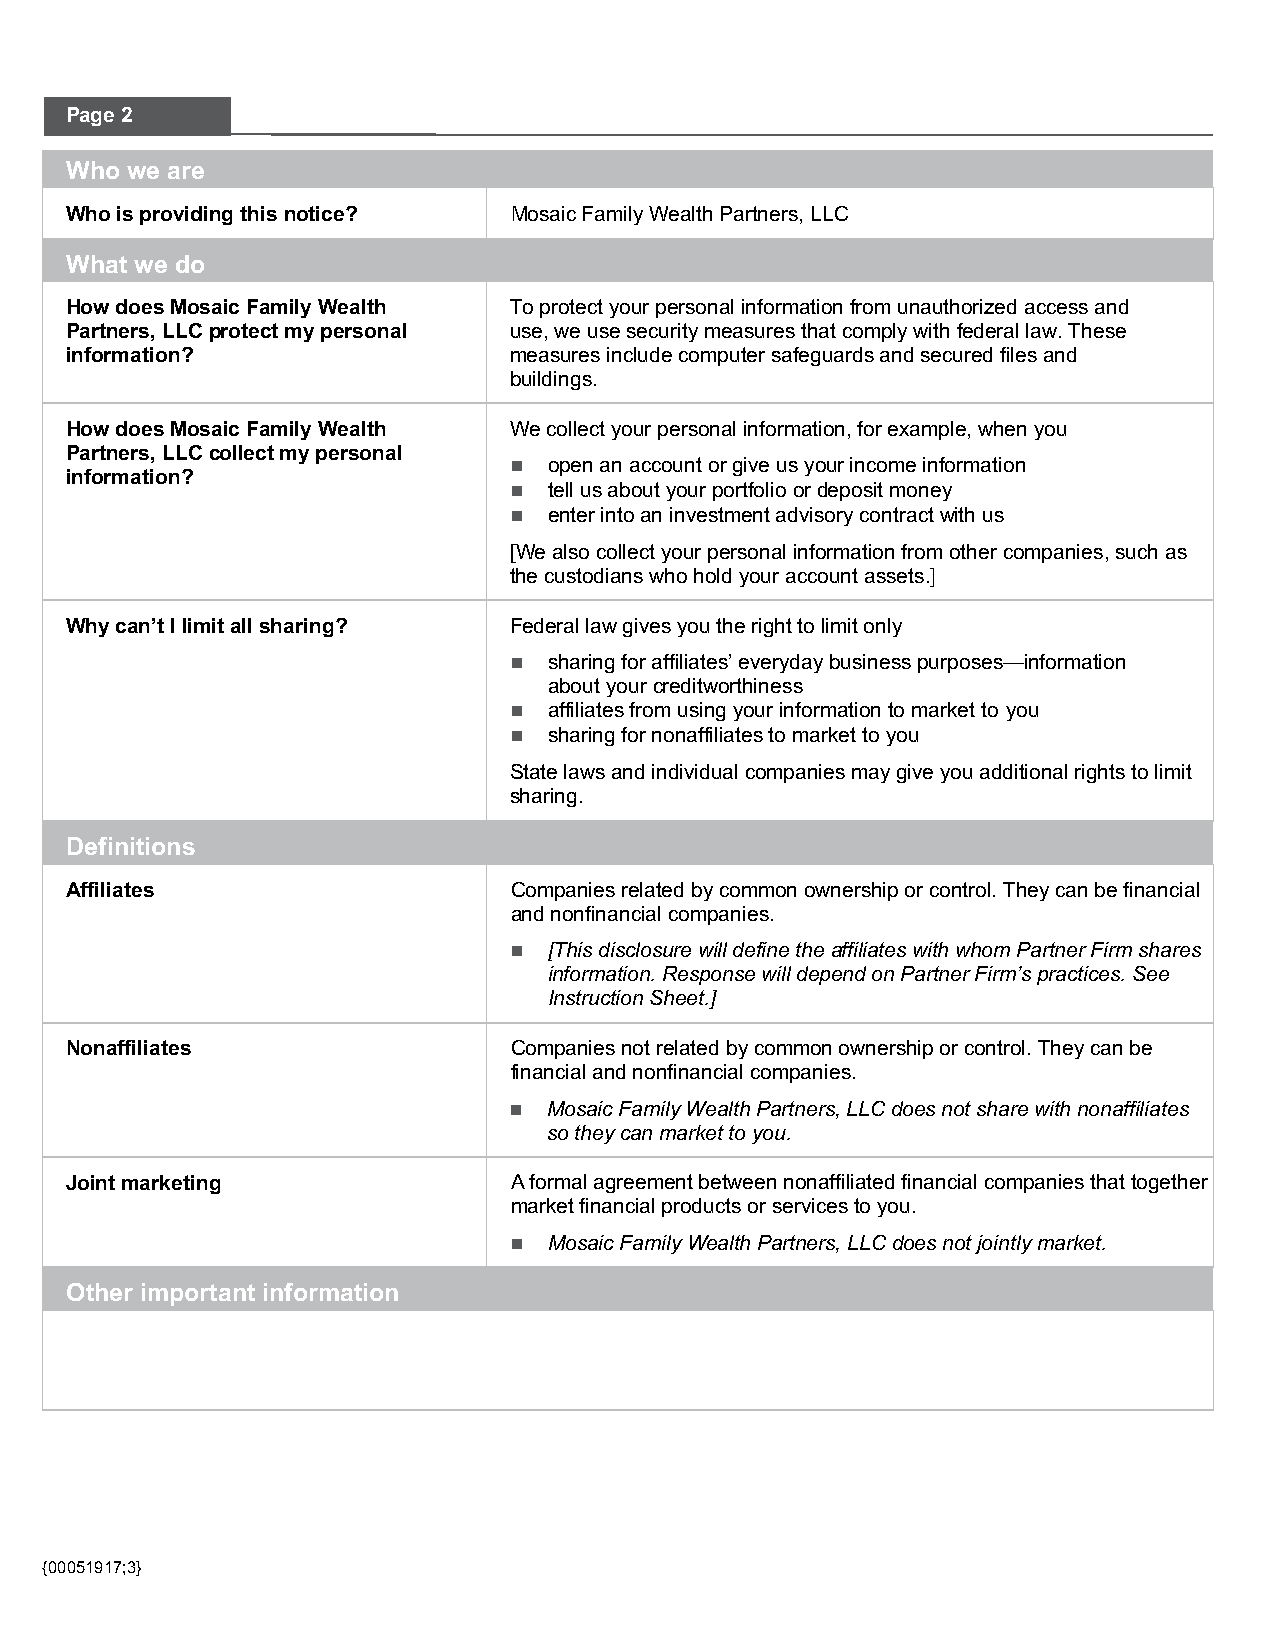
P age 2
 Who we are
 Who is providing this notice? Mosaic Family Wealth Partners, LLC
 What we do
 How does Mosaic Family Wealth To protect your personal information from unauthorized access and
 Partners, LLC protect my personal use, we use security measures that comply with federal law. These
 information?                  measures include computer safeguards and secured files and
 buildings.
 How does Mosaic Family Wealth We collect your personal information, for example, when you
 Partners, LLC collect my personal
 n open an account or give us your income information
 information?
 n tell us about your portfolio or deposit money
 n enter into an investment advisory contract with us
 [We also collect your personal information from other companies, such as
 the custodians who hold your account assets.]
 Why can’t I limit all sharing? Federal law gives you the right to limit only
 n sharing for affiliates’ everyday business purposes—information
 about your creditworthiness
 n affiliates from using your information to market to you
 n sharing for nonaffiliates to market to you
 State laws and individual companies may give you additional rights to limit
 sharing.
 Definitions
 Affiliates                    Companies related by common ownership or control. They can be financial
 and nonfinancial companies.
 n [This disclosure will define the affiliates with whom Partner Firm shares
 information. Response will depend on Partner Firm’s practices. See
 Instruction Sheet.]
 Nonaffiliates                 Companies not related by common ownership or control. They can be
 financial and nonfinancial companies.
 n Mosaic Family Wealth Partners, LLC does not share with nonaffiliates
 so they can market to you.
 Joint marketing               A formal agreement between nonaffiliated financial companies that together
 market financial products or services to you.
 n Mosaic Family Wealth Partners, LLC does not jointly market.
 Other important information
 {00051917;3}